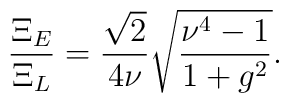
\frac{\Xi_E}{\Xi_L} = \frac{\sqrt{2}}{4 \nu}\sqrt{\frac{\nu^4 - 1}{1 + g^2}}.